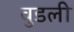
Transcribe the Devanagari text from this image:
वुडली